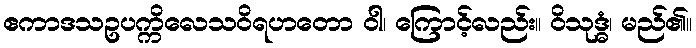
ဧကာဒသဥပက္ကိလေသဝိရဟတော ဝါ၊ ကြောင့်လည်း။ ဝိသုဒ္ဓံ၊ မည်၏။